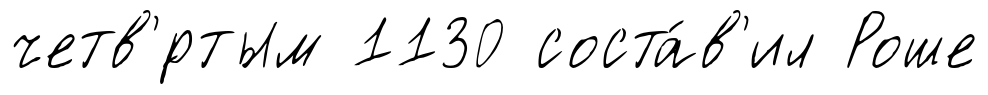
четв'́ртым 1130 соста́в'ил Роше